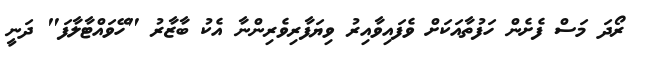
ރޯދަ މަސް ފެށެން ހަފުތާއަކަށް ވެފައިވާއިރު ވިޔަފާރިވެރިންނާ އެކު ބާޒާރު "ހޭވައްޓާލާފަ" ދަނީ